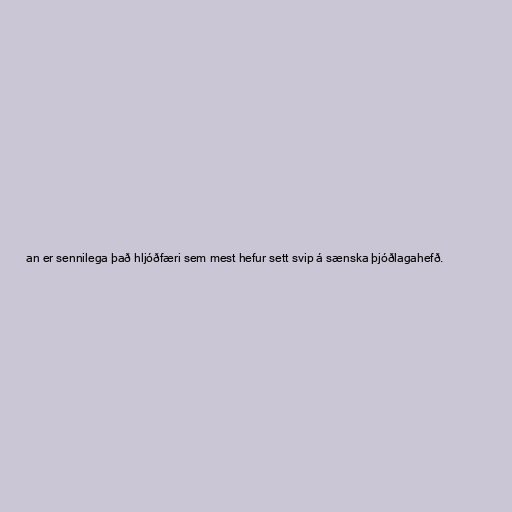
an er sennilega það hljóðfæri sem mest hefur sett svip á sænska þjóðlagahefð.